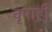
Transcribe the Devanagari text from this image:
वृषाही